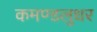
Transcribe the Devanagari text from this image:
कमण्डलुधर